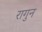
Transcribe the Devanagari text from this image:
रागुन